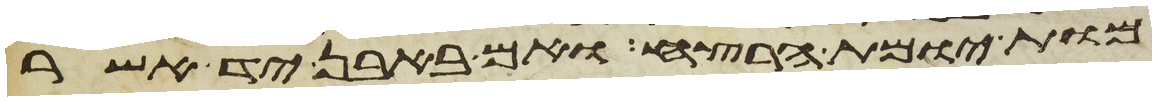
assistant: מות יומת הרצח ואם באבן יד אשר